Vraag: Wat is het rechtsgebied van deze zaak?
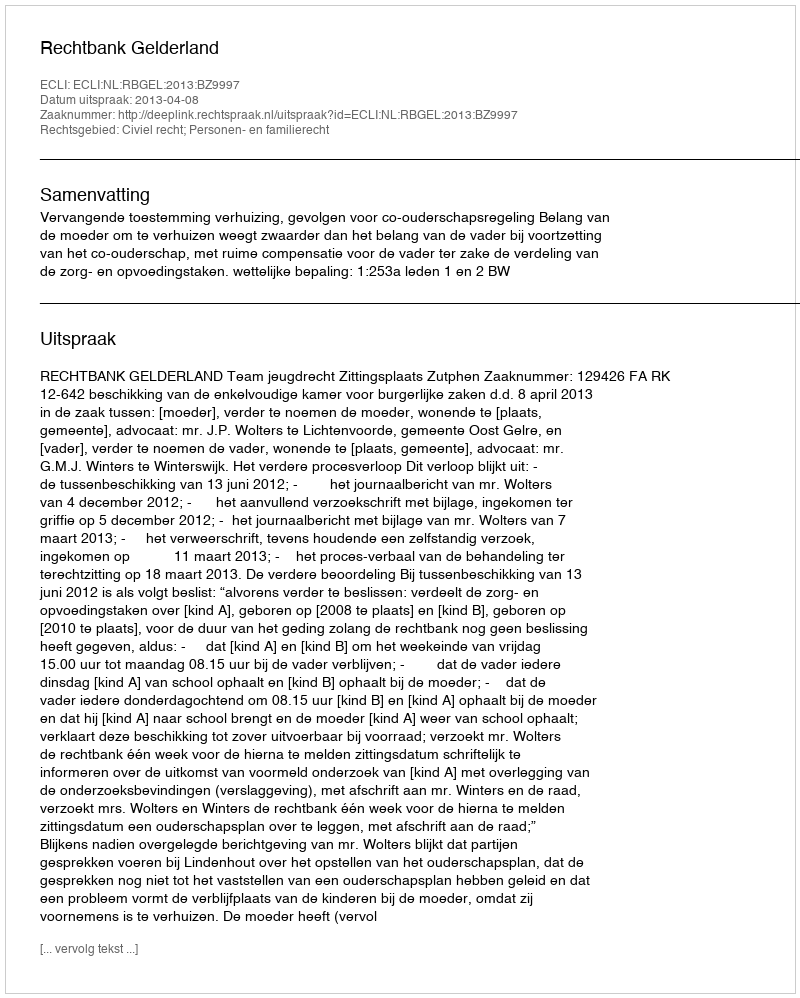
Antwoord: Civiel recht; Personen- en familierecht